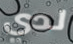
لدي